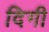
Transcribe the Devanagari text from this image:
दिगी